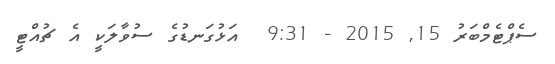
ސެޕްޓެމްބަރު 15